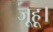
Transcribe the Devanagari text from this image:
जूहू।